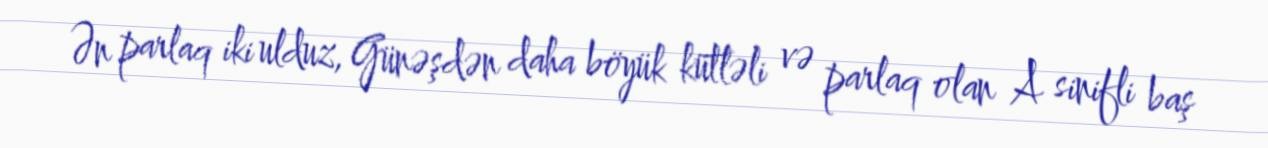
Ən parlaq iki ulduz, Günəşdən daha böyük kütləli və parlaq olan A sinifli baş